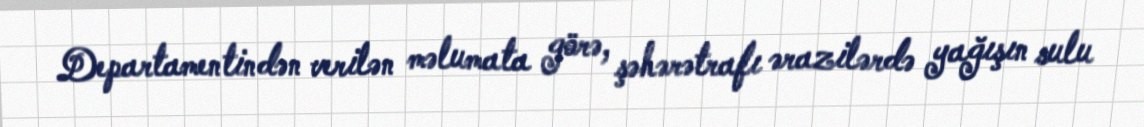
Departamentindən verilən məlumata görə, şəhərətrafı ərazilərdə yağışın sulu